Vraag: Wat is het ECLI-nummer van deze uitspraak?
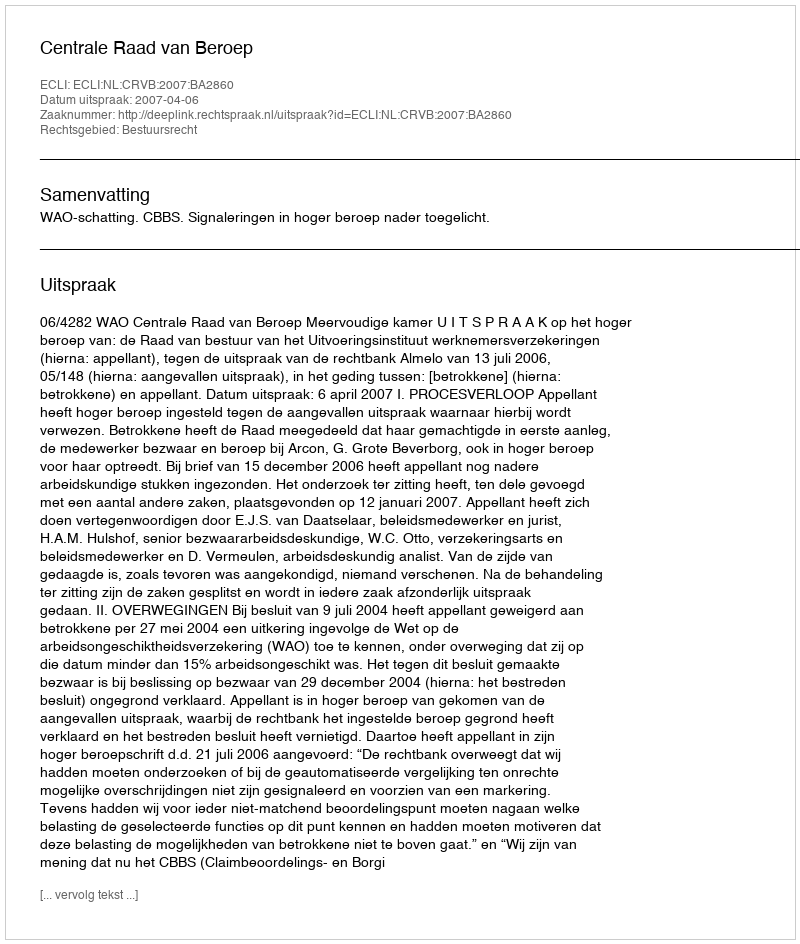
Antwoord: ECLI:NL:CRVB:2007:BA2860